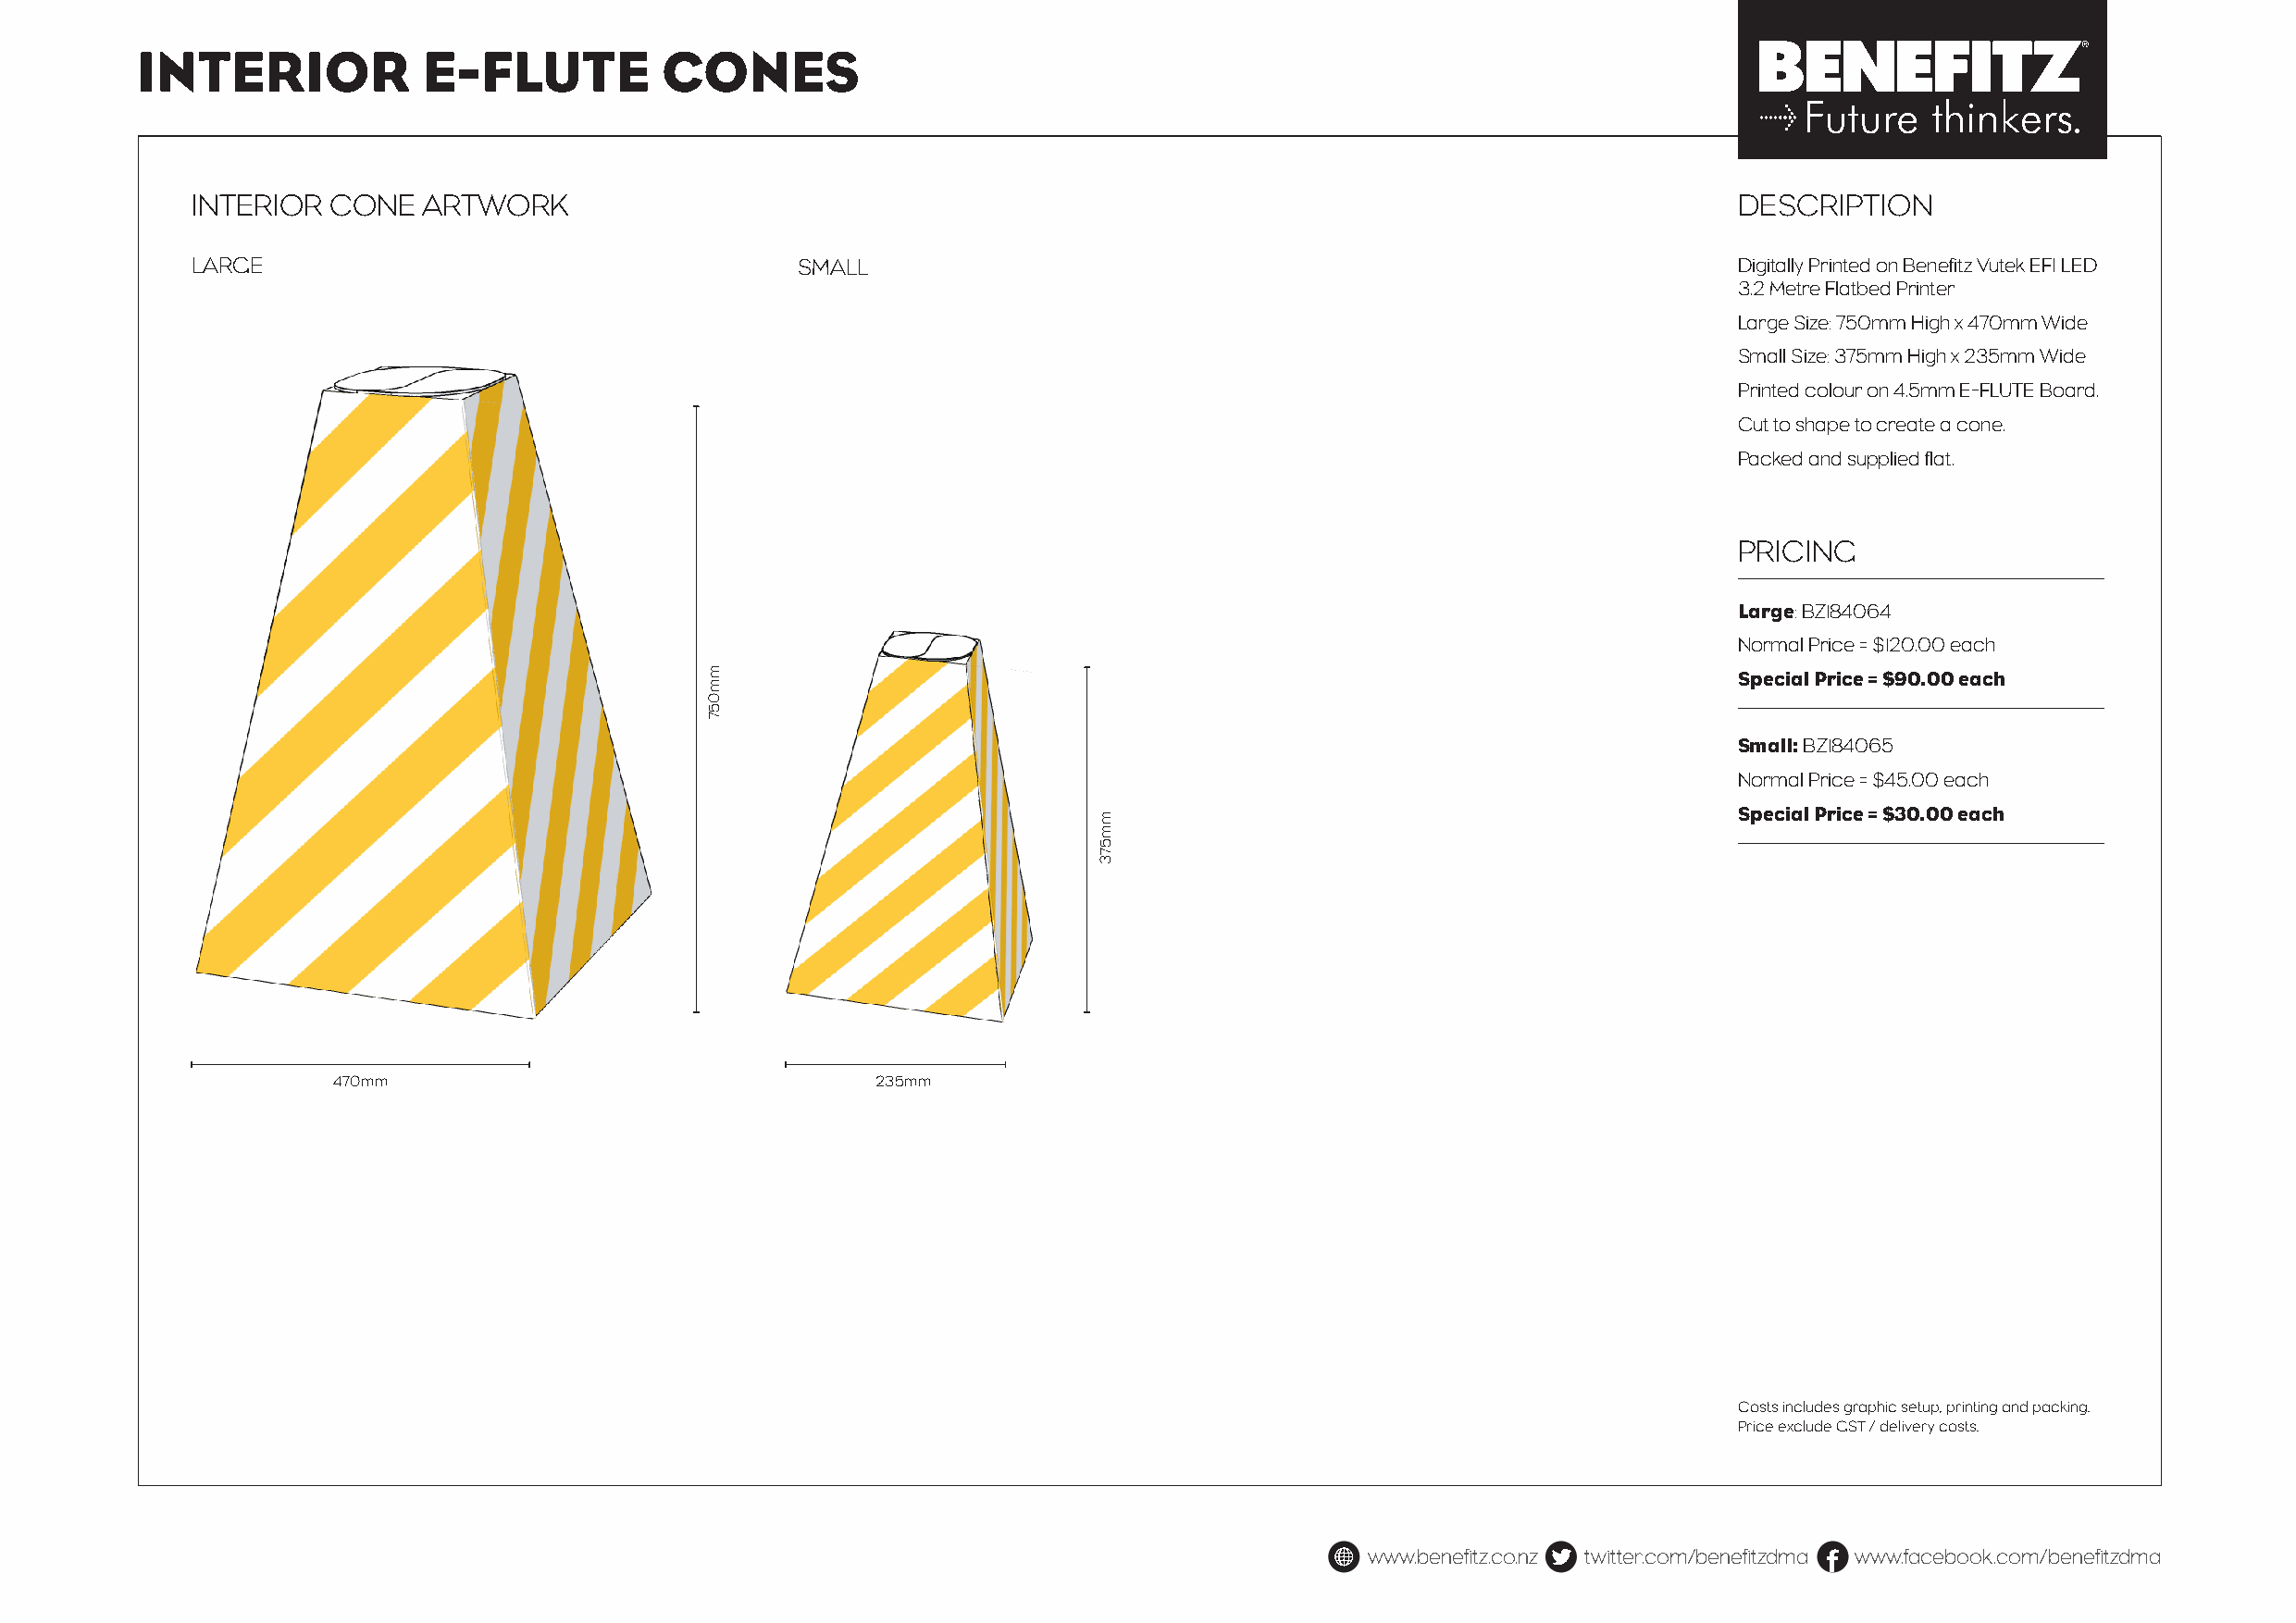
INTERIOR            E-FLUTE          CONES
 INTERIOR  CONE  ARTWORK                                                                                       DESCRIPTION
 LARGE                                      SMALL                                                              Digitally Printed on Benefitz Vutek EFI LED
 3.2 Metre Flatbed Printer
 Large Size: 750mm High x 470mm Wide
 Small Size: 375mm High x 235mm Wide
 Printed colour on 4.5mm E-FLUTE Board.
 Cut to shape to create a cone.
 Packed and supplied flat.
 PRICING
 Large: BZ184064
 Normal Price = $120.00 each
 Special Price = $90.00 each
 Small: BZ184065
 Normal Price = $45.00 each
 Special Price = $30.00 each
 470mm                                  235mm
 Costs includes graphic setup, printing and packing.
 Price exclude GST / delivery costs.
 www.benefitz.co.nz twitter.com/benefitzdma www.facebook.com/benefitzdma
 mm057
 mm573